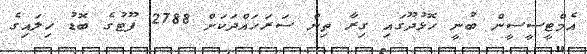
އެމްޓީސީސީން ބުނީ ހޮޅުދޫގައި ގިރާ ތިން ސަރަހައްދަކަށް 2788 ފޫޓުގެ ބޮޑު ހިލައިގެ